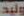
وليد